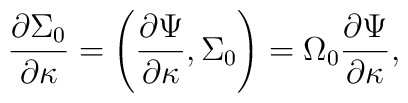
{\partial \Sigma_0\over\partial \kappa}=\left({\partial \Psi\over \partial \kappa},\Sigma_0\right)=\Omega_0{\partial \Psi\over \partial \kappa},